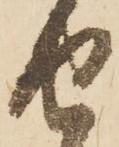
せ